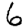
Digit: 6